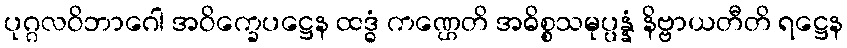
ပုဂ္ဂလဝိဘာဂေါ အဝိက္ခေပဋ္ဌေန ထဒ္ဓံ ကဏ္ဌေတိ အဓိစ္စသမုပ္ပန္နံ နိဗ္ဗာယတီတိ ရဋ္ဌေန